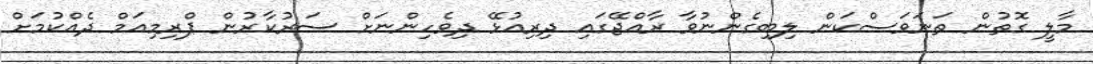
މާލީ ގޮތުން ތަނަވަސްކަން ލިބިގެންނުވާ ރާއްޖޭގައި ދިރިއުޅޭ ދިވެހިންނަށް ސަރުކާރުން ޕްރިމިއަމް ދެއްކުމަށް